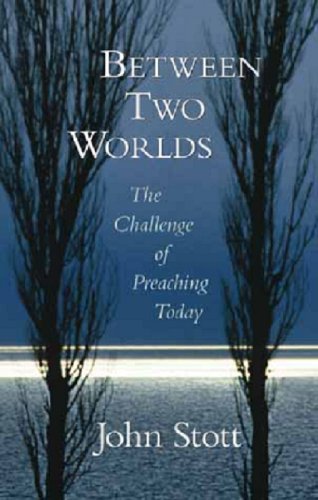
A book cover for Between Two Worlds: The Challenge of Preaching Today; John Stott; Christian Books & Bibles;